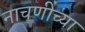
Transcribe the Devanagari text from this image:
नाचणीच्या